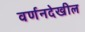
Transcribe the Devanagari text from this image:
वर्णनदेखील